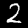
Digit: 2